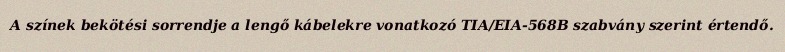
A színek bekötési sorrendje a lengő kábelekre vonatkozó TIA/EIA-568B szabvány szerint értendő.